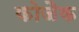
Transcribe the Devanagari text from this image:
कोजैक